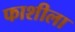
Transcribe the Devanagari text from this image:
फाशीला